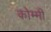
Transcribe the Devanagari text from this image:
कोम्मी